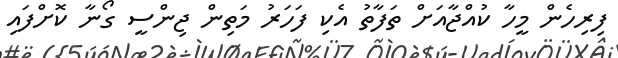
ފިރިހެން މީހާ ކުއްޖާއަށް ތަފާތު އެކި ފަހަރު މަތިން ޖިންސީ ގޯނާ ކޮށްފައި